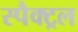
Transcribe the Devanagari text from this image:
स्पैक्ट्रल